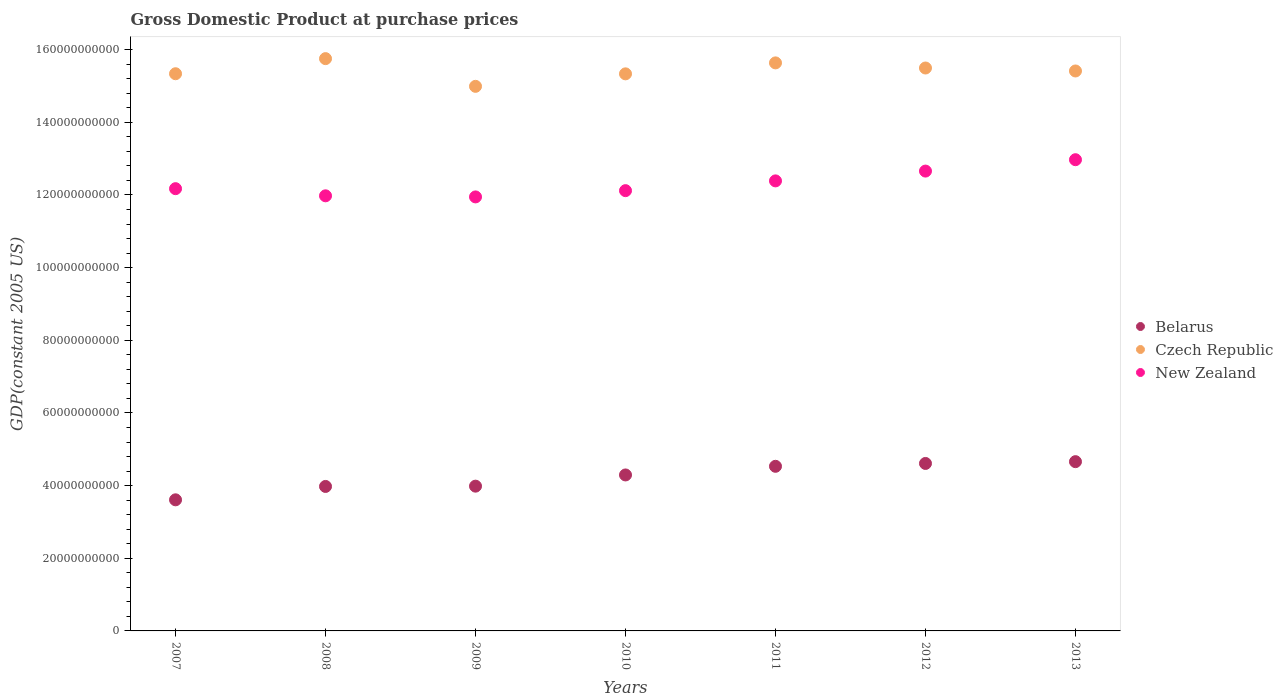
| Years | Belarus | Czech Republic | New Zealand |
 | --- | --- | --- | --- |
 | 2007 | 3.61e+10 | 1.53e+11 | 1.22e+11 |
 | 2008 | 3.98e+10 | 1.58e+11 | 1.2e+11 |
 | 2009 | 3.98e+10 | 1.5e+11 | 1.19e+11 |
 | 2010 | 4.29e+10 | 1.53e+11 | 1.21e+11 |
 | 2011 | 4.53e+10 | 1.56e+11 | 1.24e+11 |
 | 2012 | 4.61e+10 | 1.55e+11 | 1.27e+11 |
 | 2013 | 4.66e+10 | 1.54e+11 | 1.3e+11 |